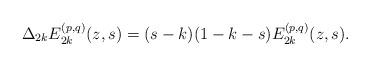
LaTeX: \begin{align*}\Delta_{2k} E_{2k}^{(p,q)} (z,s) = (s-k)(1-k-s) E_{2k}^{(p,q)} (z,s).\end{align*}